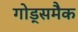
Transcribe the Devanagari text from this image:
गोड्समैक